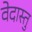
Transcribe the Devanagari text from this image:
वेदास्तु